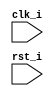
`timescale 1ns / 1ps
//Subject:     Architecture Project1 - Simulator
//--------------------------------------------------------------------------------
//Version:     1
//--------------------------------------------------------------------------------
//Writer:      G
//----------------------------------------------
//----------------------------------------------
//Description: 
//--------------------------------------------------------------------------------
module Simulator(
        clk_i,
		rst_i
		);

//Parameter
`define INSTR_NUM 256
`define DATA_NUM 256
//for R-type
`define ADD 6'h20
`define SUB 6'h22
`define AND 6'h24
`define OR 6'h25
`define SLT 6'h2a
//for I-type
`define ADDI 6'h08
`define LW 6'h23
`define SW 6'h2b
`define SLTI 6'h0a
`define BEQ 6'h04

//I/O ports
input clk_i;
input rst_i;  

//DO NOT CHANGE SIZE, NAME
reg [32-1:0] Instr_Mem [0:`INSTR_NUM-1];
reg [32-1:0] Data_Mem [0:`DATA_NUM-1];
reg signed [32-1:0] Reg_File [0:32-1];

//Register
reg [32-1:0] instr;
reg [32-1:0] pc_addr;
reg [6-1:0]op;
reg [5-1:0]rs;
reg [5-1:0]rt;
reg [5-1:0]rd;
reg [5-1:0]shamt;
reg [6-1:0]func;
integer i;
reg [31:0] addr;
reg [15:0] IMMEDIATE;

//Task
task decode;
	begin
		op = instr[31:26];
		rs = instr[25:21];
		rt = instr[20:16];
		rd = instr[15:11];
		shamt = instr[10:6];
		func = instr[5:0];
		IMMEDIATE = instr[15:0];
	end
endtask

//Main function
always @(posedge clk_i or negedge rst_i) begin
	if(rst_i == 0) begin
		for(i=0; i<32; i=i+1) begin
			Reg_File[i] = 32'd0;
		end
		for(i=0; i<256;i=i+1) begin
			Data_Mem[i] = 32'd0;
		end
		pc_addr = 32'd0;
	end
	else begin
		instr = Instr_Mem[pc_addr/4];
		decode;
		if(op == 6'd0 && rd!=0)begin //R-type
			case(func)
				`ADD: begin
					Reg_File[rd] = Reg_File[rs] + Reg_File[rt];
				end
				`SUB: begin
					Reg_File[rd] = Reg_File[rs] - Reg_File[rt];
				end
				`AND: begin
					Reg_File[rd] = Reg_File[rs] & Reg_File[rt];
				end
				`OR: begin
					Reg_File[rd] = Reg_File[rs] | Reg_File[rt];
				end
				`SLT: begin
					Reg_File[rd] = (Reg_File[rs]<Reg_File[rt])? 1:0;
				end
			endcase
		end
		else begin //I-type
			case(op)
				`ADDI: begin
					if(rt!=5'd0) begin
						if(IMMEDIATE[15]==1'b1)	begin	//immediate<0
							addr = {16'b0, ~IMMEDIATE+16'd1};
							Reg_File[rt] = Reg_File[rs] - addr;
						end else begin
							Reg_File[rt] = Reg_File[rs] + {16'b0, IMMEDIATE};
						end
					end
				end
				`LW: begin
					if(rt!=5'd0 && IMMEDIATE%32'd4==0 && (IMMEDIATE/32'd4)<32'd256 )
						Reg_File[rt] = Data_Mem[rs + IMMEDIATE/32'd4 ];
				end
				`SW: begin
					if(IMMEDIATE%32'd4==0 && (IMMEDIATE/32'd4)<32'd256 )
						Data_Mem[rs + IMMEDIATE/32'd4 ] = Reg_File[rt];
				end
				`SLTI: begin
					if(rt!=5'd0) begin
						addr = Reg_File[rs];
						Reg_File[rt] = ($signed(addr)<$signed(IMMEDIATE))?	1:0;
					end
				end
				`BEQ: begin
					if(Reg_File[rs]==Reg_File[rt]) begin
						if(IMMEDIATE[15]==1'b1) begin
							addr = {16'b0, ~IMMEDIATE+16'd1};
							if(pc_addr-32'd4*addr>=32'd0) begin
								pc_addr = pc_addr - 32'd4 * addr;
							end
						end else begin
							addr = pc_addr + 32'd4 * {16'b0, IMMEDIATE};
							if(addr<32'd256)
								pc_addr = addr;
						end
					end
				end
			endcase
		end
		pc_addr = pc_addr + 32'd4;
	end
end
endmodule